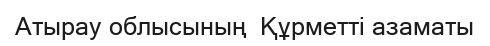
Атырау облысының  Құрметті азаматы